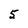
Character: 5